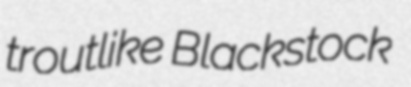
troutlike Blackstock